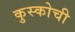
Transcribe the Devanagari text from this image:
कुस्कोची